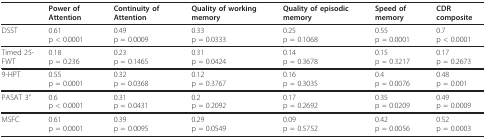
|  | Power of Attention | Continuity of Attention | Quality of working memory | Quality of episodic memory | Speed of memory | CDR composite |
 | --- | --- | --- | --- | --- | --- | --- |
 | DSST | 0.61p < 0.0001 | 0.49p = 0.0009 | 0.33p = 0.0333 | 0.25p = 0.1068 | 0.55p = 0.0001 | 0.7p < 0.0001 |
 | Timed 25-FWT | 0.18p = 0.236 | 0.23p = 0.1465 | 0.31p = 0.0424 | 0.14p = 0.3678 | 0.15p = 0.3217 | 0.17p = 0.2673 |
 | 9-HPT | 0.55p = 0.0001 | 0.32p = 0.0368 | 0.12p = 0.3767 | 0.16p = 0.3035 | 0.4p = 0.0076 | 0.48p = 0.001 |
 | PASAT 3" | 0.6p < 0.0001 | 0.31p = 0.0431 | 0.2p = 0.2092 | 0.17p = 0.2692 | 0.35p = 0.0209 | 0.49p = 0.0009 |
 | MSFC | 0.61p = 0.0001 | 0.39p = 0.0095 | 0.29p = 0.0549 | 0.09p = 0.5752 | 0.42p = 0.0056 | 0.52p = 0.0003 |